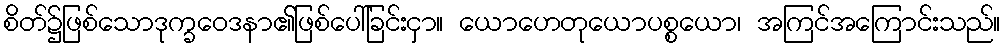
စိတ်၌ဖြစ်သောဒုက္ခဝေဒနာ၏ဖြစ်ပေါ်ခြင်းငှာ။ ယောဟေတုယောပစ္စယော၊ အကြင်အကြောင်းသည်။